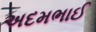
અદમભાઈ